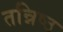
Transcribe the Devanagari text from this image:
तन्निष्ठ